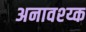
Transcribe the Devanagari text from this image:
अनावश्य्क